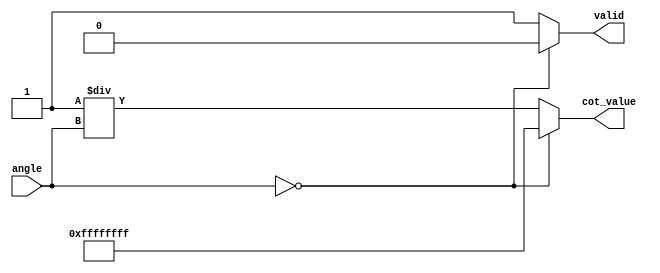
module cotangent(
    input wire [31:0] angle, // Input angle in radians (32 bits)
    output reg [31:0] cot_value, // Cotangent value (32 bits)
    output reg valid // Indicates valid output
);
    // Internal signals
    wire [31:0] tan_value;
    reg [31:0] reciprocal_tan;

    // Tangent calculation block (using a simple approximation for demonstration)
    // In practice, this function should be implemented using a more accurate method
    function [31:0] tangent;
        input [31:0] x;
        begin
            // Approximation: tan(x) = sin(x)/cos(x)
            // This is only for illustration; use an accurate method for actual implementation
            // Example: Using Taylor Series, CORDIC, or LUT for tan calculation
            // For this example, assume a simple linear approximation for small angles

            // Placeholder implementation
            tangent = x; // Replace this with a method for calculating tan
        end
    endfunction

    // Reciprocal calculation block
    always @(angle) begin
        valid = 1'b0; // Default to invalid
        tan_value = tangent(angle);

        if (tan_value == 32'h00000000) begin
            // Handle the case where tan(x) is zero (cot(x) is undefined)
            cot_value = 32'hFFFFFFFF; // Example handling: Assign a specific value for undefined
            valid = 1'b0; // Indicate invalid output
        end else begin
            // Calculate the reciprocal of the tangent
            reciprocal_tan = 32'h00000001 / tan_value; // Integer division
            cot_value = reciprocal_tan;
            valid = 1'b1; // Indicate valid output
        end
    end

endmodule